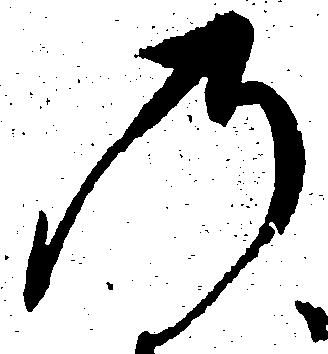
の